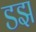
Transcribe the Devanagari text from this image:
डझ